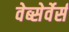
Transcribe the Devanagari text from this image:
वेब्सेर्वेर्स